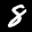
Label: 8